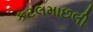
કટલમાછલી